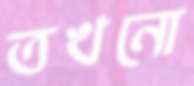
তখনো